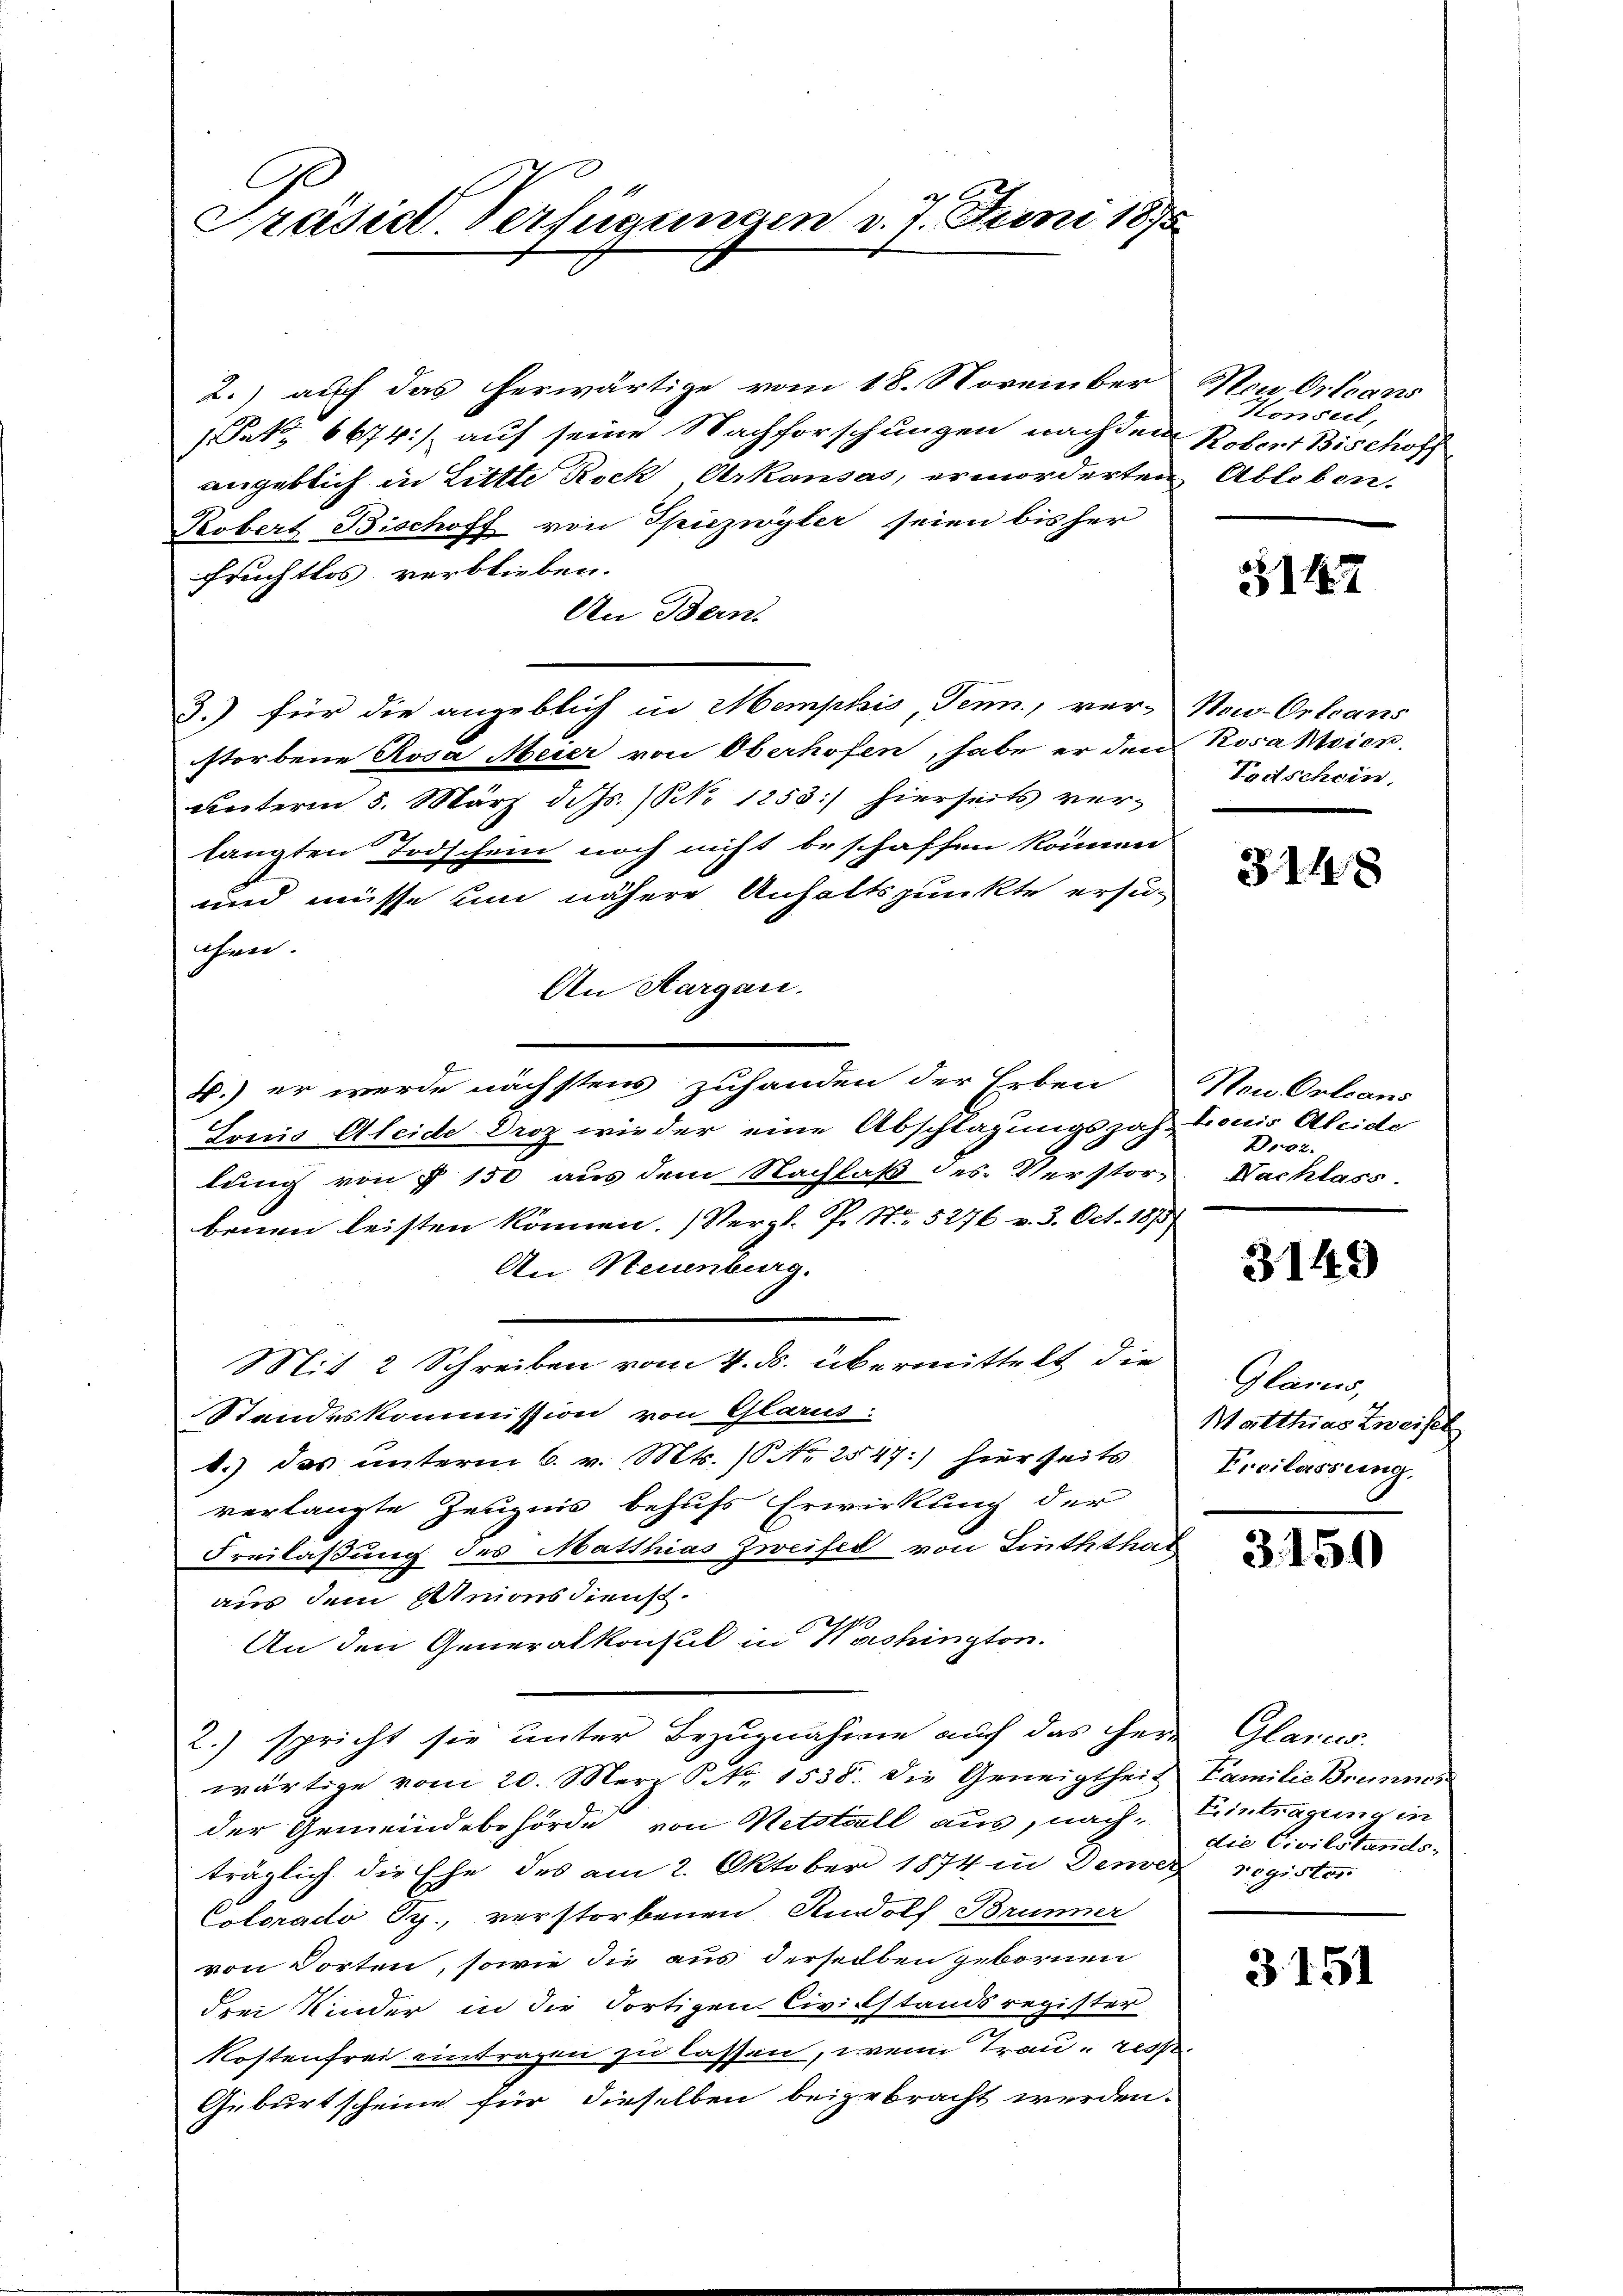
2.) auf das herwärtige vom 18. November No Orleans
(Frk. 6674) auf seine Nachforschungen nachdem Robert Bischoff
angeblich in Littte Rock Arkausas, ermorderten Abloben.
Kobert Bischoff von Spizwyler seien bisher
Fruchtlos verblieben.
An Bern.
3.) für die angeblich in Memphis Tenn, ver-Now-Orleans
storbene Rosa Meier von Oberhofen, habe er den Rosaktion
unterm 5. März d. Js. (S. 1253) hierseits verlangten Todschein noch nicht beschaffen können
und müsse um nähere Anhaltspunkte ersuichen.
An Aargau.
4.) er werde nächstens zuhanden der Erben
Lonis Aleide Droz wieder eine Abschlagungsjah-Louis Abeide
lung von § 150 aus dem Nachlaß des Verstor-
benen leisten können. (Vergl. P. Nr. 5276 v. 3. Oct. 1873
An Neuenburg.
Mit 2 Schreiben vom 4. ds. übermittelt die
Standeskommission von Glarus:
d.) das unterm 6. v. Mts. ( No 2547] hierseits
verlangte Zeugnis behufs Erwirkung der
Freilaßung des Matthias Zweifel von Linththal
aus dem Unionsdienst.
An den Generalkonsul in Washington.
2.) spricht sie unter Bezŭgnahme auf das Herrn Glarus.
wärtige vom 20. Merz P. Nr. 1538. die Geneigtheit Familie Brunner
der Gemeindebehörde von Netstell aus, nach Eintragung in
träglich die Ehe des am 2. Oktober 1874 in Dener register
Colorado Sp., verstorbenen Rudolf Brunner
von Dorten, sowie die aus derselben gebornen
drei Kinder in die dortigen Civilstandsregister
Kostenfrei eintragen zu lassen, wenn Trau resse¬
Geburt scheine für dieselben beigebracht werden.

Präside Verfügungen d. 7. Juni 1875

Konsul,

31147

Todschein,

3148

Neu Orleans
Droz.
Nachlass.

3149

Glarus,
Matthias Zweifel
Eroilassung,

3150

die Civilstands-

3151